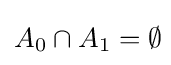
A_{0}\cap A_{1}=\emptyset \!